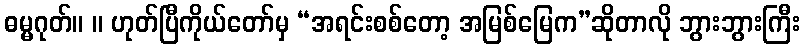
ဓမ္မဂုတ်။ ။ ဟုတ်ပြီကိုယ်တော်မှ “အရင်းစစ်တော့ အမြစ်မြေက”ဆိုတာလို ဘွားဘွားကြီး